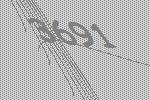
3691